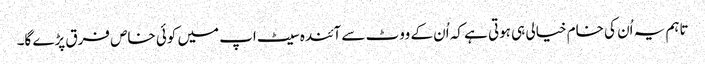
تاہم یہ اُن کی خام خیالی ہی ہوتی ہے کہ اُن کے ووٹ سے آئندہ سیٹ اپ میں کوئی خاص فرق پڑے گا۔